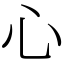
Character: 心